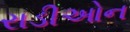
રાડીઓન